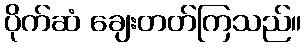
ပိုက်ဆံ ချေးတတ်ကြသည်။